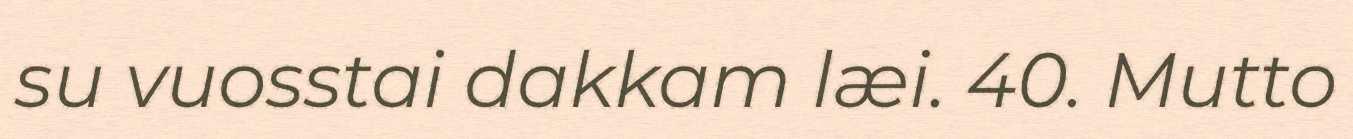
su vuosstai dakkam læi. 40. Mutto